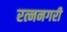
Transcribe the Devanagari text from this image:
रत्ननगरी